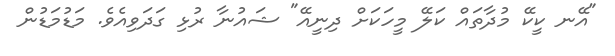
"އޭނ ކީކޭ މުދާތައް ކަލޭ މީހަކަށް ދިނީއޭ" ޝައުނާ ރުޅި ގަދަވިއެވެ. މަޑުމަޑުން